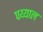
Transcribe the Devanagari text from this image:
पय्याल